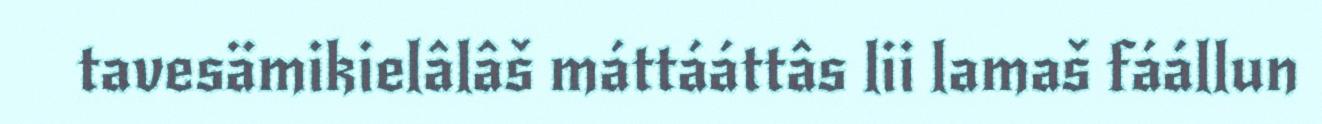
tavesämikielâlâš máttááttâs lii lamaš fáállun